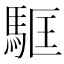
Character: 𩢼